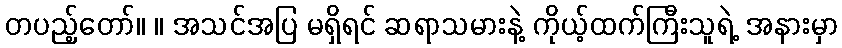
တပည့်တော်။ ။ အသင်အပြ မရှိရင် ဆရာသမားနဲ့ ကိုယ့်ထက်ကြီးသူရဲ့ အနားမှာ